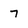
Character: 7